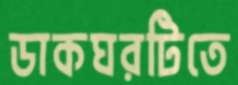
ডাকঘরটিতে